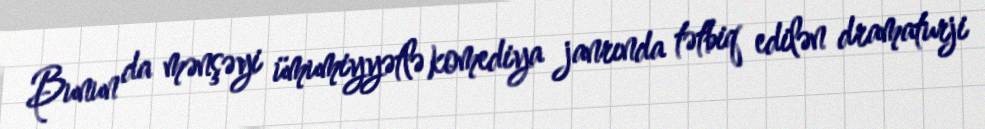
Bunun da mənşəyi ümumiyyətlə komediya janrında tətbiq edilən dramaturji